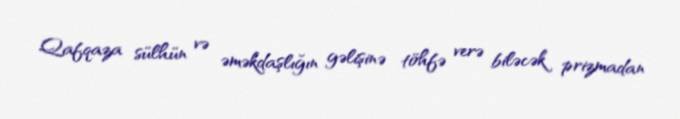
Qafqaza sülhün və əməkdaşlığın gəlişinə töhfə verə biləcək prizmadan